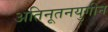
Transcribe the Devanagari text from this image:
अतिनूतनयुगीन